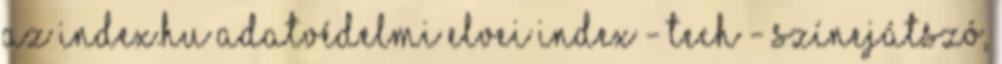
Az Index.hu adatvédelmi elvei Index - Tech - Színejátszó,